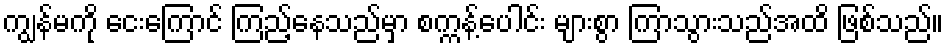
ကျွန်မကို ငေးကြောင် ကြည့်နေသည်မှာ စက္ကန့်ပေါင်း များစွာ ကြာသွားသည်အထိ ဖြစ်သည်။